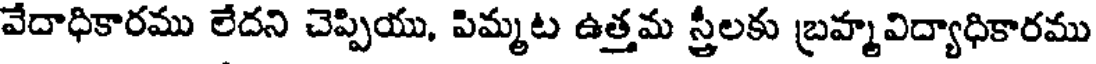
వేదాధికారము లేదని చెప్పియు, పిమ్మట ఉత్తమ స్త్రీలకు బ్రహ్మవిద్యాధికారము